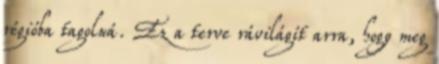
régióba tagolná. Ez a terve rávilágít arra, hogy meg